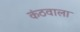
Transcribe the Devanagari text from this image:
कंठवाला